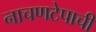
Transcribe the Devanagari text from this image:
नाचणटेपाची